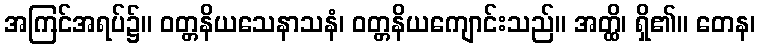
အကြင်အရပ်၌။ ဝတ္တနိယသေနာသနံ၊ ဝတ္တနိယကျောင်းသည်။ အတ္ထိ၊ ရှိ၏။ တေန၊